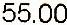
55.00